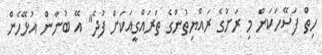
ހިތް ފަސޭހަކަން މި ރަށުގެ ރައްޔިތުންގެ ތަރައްގީއަކަށް ފުދެ" އޭ ބުނާން އުޅޭހެން